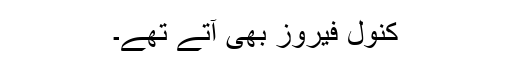
کنول فیروز بھی آتے تھے۔